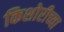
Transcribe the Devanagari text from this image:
किशोरीच्या